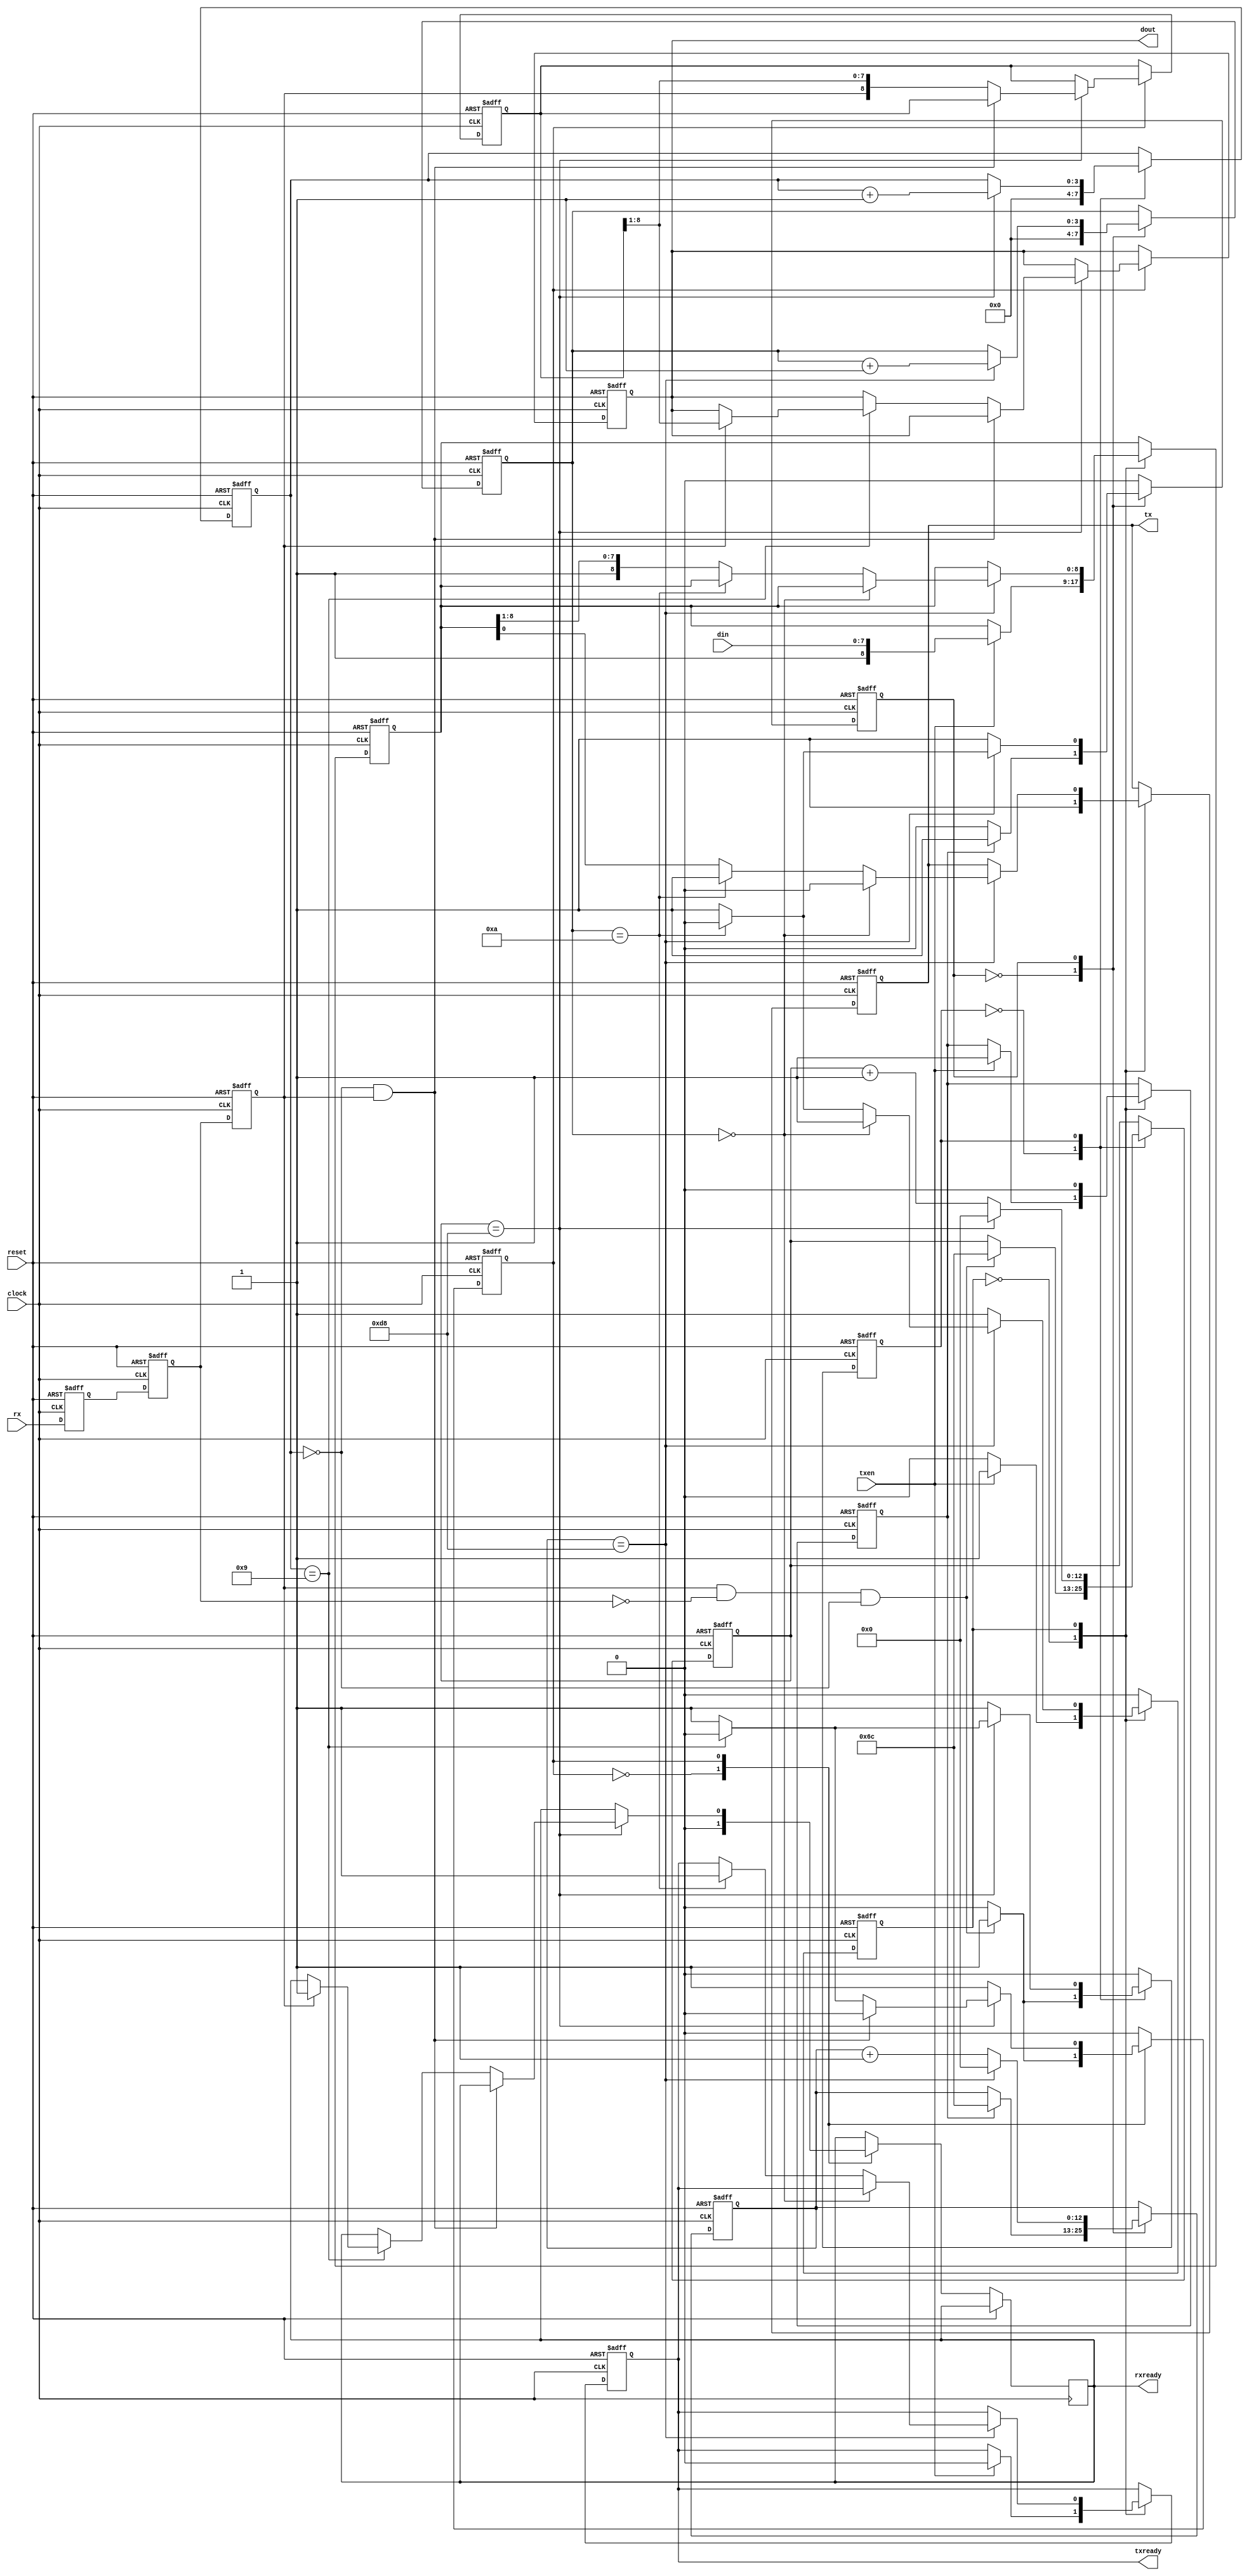
//-------------------------------------------------------------------------------
//  Simple usart with fixed configuration: 
//  9600 baud, 1 start bit, 8 data bits, 1 stop bit, no parity
//  
//  jca@fe.up.pt
//  
//  PSD 2005/2006
//
//  Dec 6 - Corrected error withthe generation of stop bit when one byte
//          is transmitted right after the other.
//
//
//-------------------------------------------------------------------------------

`timescale 1ns/100ps

module suart  ( clock,  // master clock (50MHz)
                reset,  // master reset, assynchronous, active high
                tx,     // tx data
                rx,     // rx data
                txen,   // load data into transmit buffer and initiate a transmission
                txready,// ready to receive a new byte to tx
                rxready,// data is ready at dout port
                dout,   // data out (received data)
                din     // data in (data to transmit)
              );

input        clock, reset, txen;
input        rx;
output       tx;
output       txready, rxready;
input  [7:0] din;
output [7:0] dout;


// output registers:
reg           txready, rxready;
reg     [7:0] dout;
reg           tx;

reg           staterxbc, 
              statetxbc;
              
reg    [12:0] baudrxcount;
reg    [ 3:0] bitrxcount;
reg    [12:0] baudtxcount;
reg    [ 3:0] bittxcount;
reg           rx1, rx2, rx3;

reg    [8:0]  rxdata, txdata;

reg           staterx,
              statetx;

wire          baudrxclock;
wire          baudtxclock;
wire          startrxbit;
reg           starttxbit;


// State encoding for clock divider FSM:
parameter IDLE       = 1'b0,
          CNT10P     = 1'b1;


// State encoding for receive FSM
parameter IDLERX     = 1'b0,
          RXDATA     = 1'b1;

// State encoding for transmit FSM
parameter IDLETX     = 1'b0,
          TXDATA     = 1'b1;


// these are the baudrate clocks that synchronize the sampling of rx and tx data
// this is for baudarate=115200 and clock frequency=50MHz
//assign baudrxclock = (baudrxcount == 433);
//assign baudtxclock = (baudtxcount == 433);
assign baudrxclock = (baudrxcount == 433/2); // para clock=25MHz
assign baudtxclock = (baudtxcount == 433/2);

// clock generator for rx baudrate
// when startrxbit is asserted, initiate a 9600Hz clock 
// starting 5.21 us (1/2 period) after startrxbit;
always @(posedge clock or posedge reset)
begin
  if ( reset )
  begin
    baudrxcount <= 0;
    bitrxcount <= 0;
    staterxbc <= IDLE;
  end
  else
  begin
    case ( staterxbc )
      IDLE :        begin
                      bitrxcount <= 0;
                      if ( startrxbit )
                      begin
                        baudrxcount <= 217/2; // half period for 115200 baud
                        staterxbc <= CNT10P;
                      end
                      else
                      begin
                        staterxbc <= IDLE; // wait for startbit
                      end
                    end
                    
      CNT10P:       begin
                      if ( baudrxclock )
                      begin
                        if ( bitrxcount == 9 )
                        begin
                          staterxbc <= IDLE; // counts the 10th bit and stops
                        end
                        else
                        begin
                          staterxbc <= CNT10P;
                        end
                        
                        bitrxcount <= bitrxcount + 1; // counts bits up to 10
                        baudrxcount <= 0;
                      end
                      else
                        baudrxcount <= baudrxcount + 1; // increment baudrate counter
                    end
    endcase
  end
end


// clock generator for tx baudrate
// when starttxbit is asserted, initiate a 9600Hz clock 
// starting 5.21 us (1/2 period) after starttxbit;
always @(posedge clock or posedge reset)
begin
  if ( reset )
  begin
    baudtxcount <= 0;
    bittxcount <= 0;
    statetxbc <= IDLE;
  end
  else
  begin
    case ( statetxbc )
      IDLE :        begin
                      bittxcount <= 0;
                      if ( starttxbit )
                      begin
                        baudtxcount <= 217/2; // half period for 115200 baud
                        statetxbc <= CNT10P;
                      end
                      else
                      begin
                        statetxbc <= IDLE; // wait for startbit
                      end
                    end
                    
      CNT10P:       begin
                      if ( baudtxclock )
                      begin
                        if ( bittxcount == 10 )
                        begin
                          statetxbc <= IDLE; // counts the 10th bit and stops
                        end
                        else
                        begin
                          statetxbc <= CNT10P;
                        end
                        
                        bittxcount <= bittxcount + 1; // counts bits up to 10
                        baudtxcount <= 0;
                      end
                      else
                        baudtxcount <= baudtxcount + 1; // increment baudrate counter
                    end
    endcase
  end
end



// three stage synchonizer for rx input signal
always @(posedge clock or posedge reset)
begin
  if ( reset )
  begin
    rx1 <= 0;
    rx2 <= 0;
    rx3 <= 0;
  end
  else
  begin
    rx1 <= rx;
    rx2 <= rx1;
    rx3 <= rx2;
  end
end


// generate the startbit signal when the rx input changes from 1 to 0:
assign startrxbit = ( rx3 & ~rx2 ) & (bitrxcount == 0);


// input data shift-register
always @(posedge clock or posedge reset)
begin
  if ( reset )
  begin
    rxdata <= 0;
    staterx <= IDLERX;
    dout <= 0;
  end
  else
  begin
    case ( staterx )
      IDLERX:	begin // wait here for the start bit
                  rxready <= 0;
                  if ( startrxbit )
                    staterx <= RXDATA;
                  else
                    staterx <= IDLERX;
                end
                
      RXDATA:	begin
                  if ( baudrxclock ) // for each sampling point at baud clock
                  begin
                    if ( ( bitrxcount == 0 ) & (rx3 == 1'b1) ) // this was a false start bit, rx line is still high!
                      staterx <= IDLERX;
                    else
                    begin                       
                      rxdata <= {rx3, rxdata[8:1]}; // shift data in
                      if ( bitrxcount == 9 ) 
                      begin
                        if ( rx3 == 1'b0 ) // stop bit not detected
                          staterx <= IDLERX;
                        else
                        begin
                          dout <= rxdata[8:1];
                          rxready <= 1;
                          staterx <= IDLERX;
                        end
                      end
                    end
                  end
                end                
    endcase
  end
end


// output data shift-register
always @(posedge clock or posedge reset)
begin
  if ( reset )
  begin
    txdata <= 0;
    statetx <= IDLETX;
    starttxbit <= 0;
    txready <= 1;
    tx <= 1'b1;
  end
  else
  begin
    case ( statetx )
      IDLETX:	begin // wait here for entx
                  tx <= 1'b1;
                  if ( txen )
                  begin
                    statetx <= TXDATA;
                    txdata <= {1'b1,din}; // concatenate 1 stop bit
                    txready <= 0;
                    starttxbit <= 1;
                  end
                  else
                    statetx <= IDLETX;
                end
                
      TXDATA:	begin
                  starttxbit <= 0;
                  if ( baudtxclock ) // for each sampling point at baud clock
                  begin
                    if ( bittxcount == 0 )
                      tx <= 1'b0; // startbit
                    else
                    begin                       
                      if ( bittxcount == 10 ) 
                      begin
                        tx <= 1'b1; // stop bit
                        txready <= 1;
                        statetx <= IDLETX;
                      end
                      else
                      begin
                        tx <= txdata[0]; // databits, starting with LSB
                        txdata <= {1'b1, txdata[8:1]}; // shift right, enter 1 at left
                      end
                    end
                  end
                end                
    endcase
  end
end



endmodule